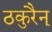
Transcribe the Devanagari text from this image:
ठकुरैन्